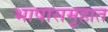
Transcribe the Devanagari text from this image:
भाषासमूहात